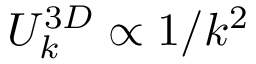
U _ { k } ^ { 3 D } \propto 1 / k ^ { 2 }